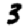
Digit: 3